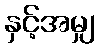
နှင့်အမျှ